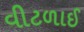
વીટળાઈ